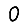
Digit: 0